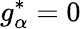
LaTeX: g_{\alpha}^{*}=0